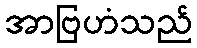
အာဗြဟံသည်